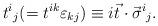
LaTeX: \begin{align*}t^i{}_j (= t^{ik}\varepsilon_{kj}) \equiv i\vec t \cdot \vec\sigma^i{}_j.\end{align*}